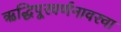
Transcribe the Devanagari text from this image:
ऋद्धिपूरवर्णनावरचा